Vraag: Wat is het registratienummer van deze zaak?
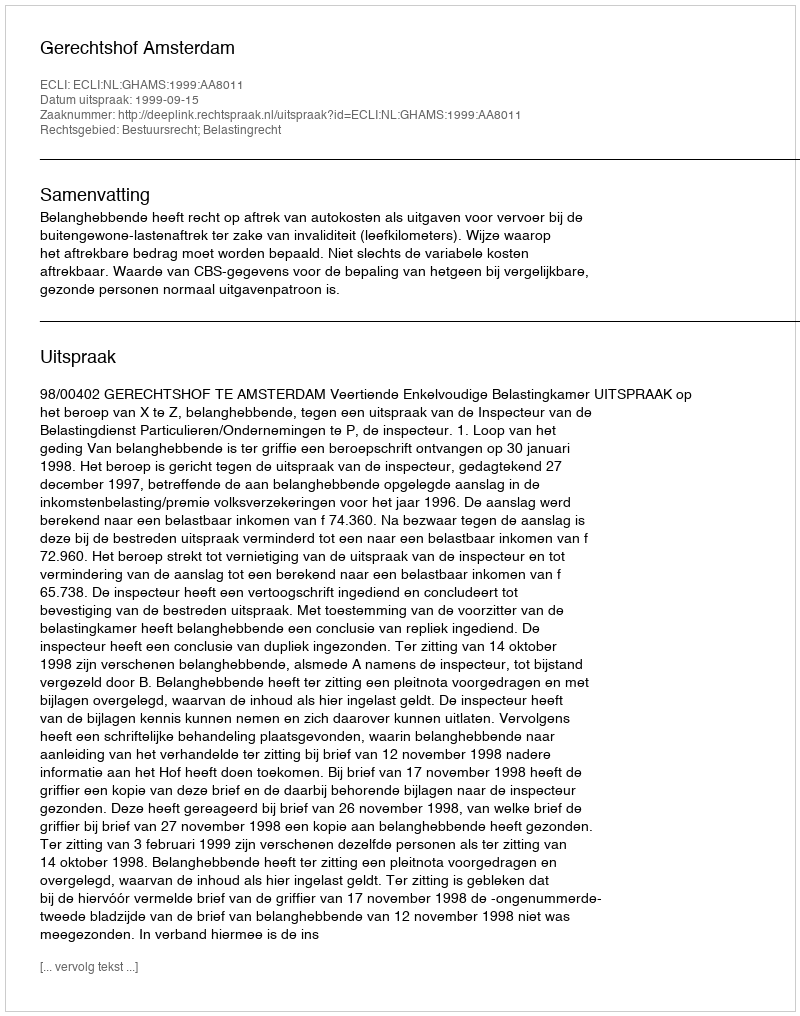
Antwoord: http://deeplink.rechtspraak.nl/uitspraak?id=ECLI:NL:GHAMS:1999:AA8011